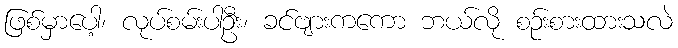
ဖြစ်မှာပေါ့၊ လုပ်စမ်းပါဦး၊ ခင်ဗျားကကော ဘယ်လို စဉ်းစားထားသလဲ